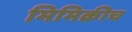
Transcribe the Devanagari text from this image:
मिमिक्रीच